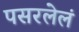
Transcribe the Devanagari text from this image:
पसरलेलं